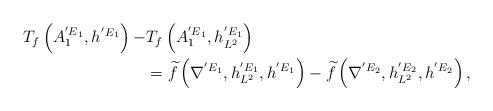
LaTeX: \begin{align*}\begin{aligned}T_{f}\left(A^{{'E}_{1}}_{1}, h^{{'E}_{1}}\right)-&T_{f}\left(A^{{'E}_{1}}_{1}, h^{{'E}_{1}}_{L^{2}}\right)\\&=\widetilde{f}\left(\nabla^{{'E}_{1}},h^{{'E}_{1}}_{L^{2}}, h^{{'E}_{1}}\right)-\widetilde{f}\left(\nabla^{{'E}_{2}},h^{{'E}_{2}}_{L^{2}}, h^{{'E}_{2}}\right),\end{aligned}\end{align*}